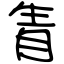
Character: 眚